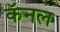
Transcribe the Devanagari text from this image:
कॅनल